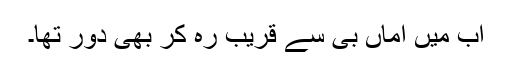
اب میں اماں بی سے قریب رہ کر بھی دور تھا۔